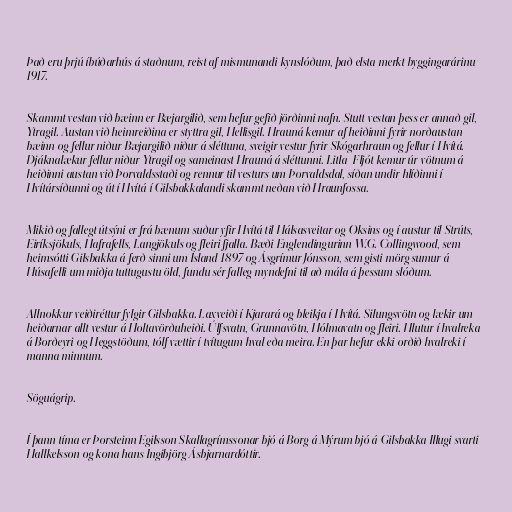
Það eru þrjú íbúðarhús á staðnum, reist af mismunandi kynslóðum, það elsta merkt byggingarárinu
1917.

Skammt vestan við bæinn er Bæjargilið, sem hefur gefið jörðinni nafn. Stutt vestan þess er annað gil,
Ytragil. Austan við heimreiðina er styttra gil, Hellisgil. Hrauná kemur af heiðinni fyrir norðaustan
bæinn og fellur niður Bæjargilið niður á sléttuna, sveigir vestur fyrir Skógarhraun og fellur í Hvítá.
Djáknalækur fellur niður Ytragil og sameinast Hrauná á sléttunni. Litla–Fljót kemur úr vötnum á
heiðinni austan við Þorvaldsstaði og rennur til vesturs um Þorvaldsdal, síðan undir hlíðinni í
Hvítársíðunni og út í Hvítá í Gilsbakkalandi skammt neðan við Hraunfossa.

Mikið og fallegt útsýni er frá bænum suður yfir Hvítá til Hálsasveitar og Oksins og í austur til Strúts,
Eiríksjökuls, Hafrafells, Langjökuls og fleiri fjalla. Bæði Englendingurinn W.G. Collingwood, sem
heimsótti Gilsbakka á ferð sinni um Ísland 1897 og Ásgrímur Jónsson, sem gisti mörg sumur á
Húsafelli um miðja tuttugustu öld, fundu sér falleg myndefni til að mála á þessum slóðum.

Allnokkur veiðiréttur fylgir Gilsbakka. Laxveiði í Kjarará og bleikja í Hvítá. Silungsvötn og lækir um
heiðarnar allt vestur á Holtavörðuheiði. Úlfsvatn, Grunnavötn, Hólmavatn og fleiri. Hlutur í hvalreka
á Borðeyri og Heggstöðum, tólf vættir í tvítugum hval eða meira. En þar hefur ekki orðið hvalreki í
manna minnum.

Söguágrip.

Í þann tíma er Þorsteinn Egilsson Skallagrímssonar bjó á Borg á Mýrum bjó á Gilsbakka Illugi svarti
Hallkelsson og kona hans Ingibjörg Ásbjarnardóttir.